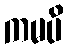
ကမပိ